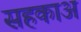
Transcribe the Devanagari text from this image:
सहकाअ